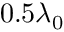
0 . 5 \lambda _ { 0 }